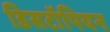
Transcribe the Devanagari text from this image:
डिसटॉपियन